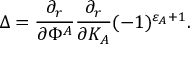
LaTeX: \Delta = { \frac { \partial _ { r } } { \partial \Phi ^ { A } } } { \frac { \partial _ { r } } { \partial K _ { A } } } ( - 1 ) ^ { \varepsilon _ { A } + 1 } .